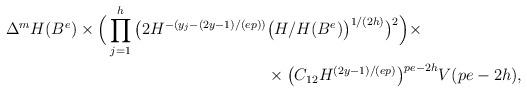
LaTeX: \begin{align*} \Delta^m H(B^e)\times \Big(\prod_{j=1}^h\big(2H^{-(y_j-(2y-1)/(ep))}&\big(H/H(B^e)\big)^{1/(2h)}\big)^2\Big)\times\\ &\times\big(C_{12}H^{(2y-1)/(ep)}\big)^{pe-2h}V(pe-2h),\end{align*}